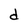
Character: d